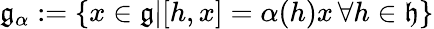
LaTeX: {\mathfrak{g_{\alpha}}}:=\{ x\in{\mathfrak{g}}|[h,x]=\alpha(h)x\, \forall h\in{\mathfrak{h}}\}